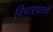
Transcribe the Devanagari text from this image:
विचारवंताचे